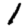
Digit: 1